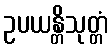
ဥပယန္တိသုတ္တံ